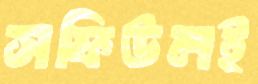
সফিউলই